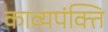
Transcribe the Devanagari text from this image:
काव्यपंक्ति